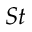
S t